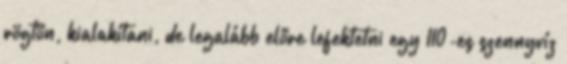
rögtön, kialakítani, de legalább előre lefektetni egy 110-es szennyvíz